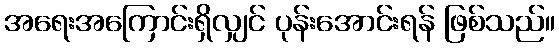
အရေးအကြောင်းရှိလျှင် ပုန်းအောင်းရန် ဖြစ်သည်။